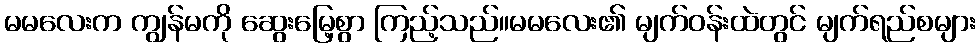
မမလေးက ကျွန်မကို ဆွေးမြေ့စွာ ကြည့်သည်။မမလေး၏ မျက်ဝန်းထဲတွင် မျက်ရည်စများ